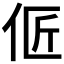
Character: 𰁳